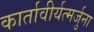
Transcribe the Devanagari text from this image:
कार्तावीर्यत्मर्जुना